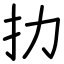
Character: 扐